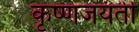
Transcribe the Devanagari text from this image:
कृष्णजयंती